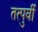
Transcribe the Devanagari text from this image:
तत्‍पुर्वी